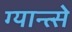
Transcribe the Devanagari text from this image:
ग्यान्त्से